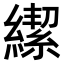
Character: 𮉄